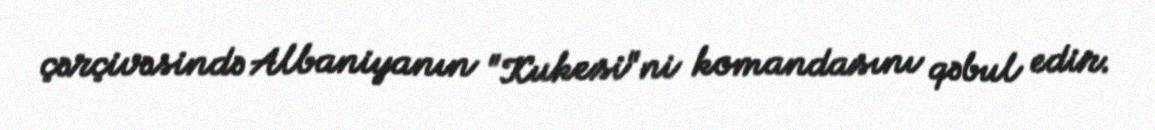
çərçivəsində Albaniyanın "Kukesi"ni komandasını qəbul edir.